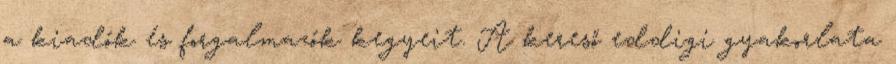
a kiadók és forgalmazók kegyeit. A kereső eddigi gyakorlata